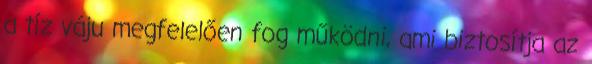
a tíz váju megfelelően fog működni, ami biztosítja az